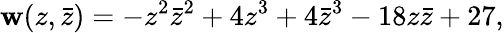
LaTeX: \mathbf{w}(z,\bar{{z}})=-z^{2}\bar{{z}}^{2}+4z^{3}+4\bar{{z}}^{3}-18z\bar{{z}}+27,